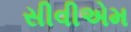
સીવીએમ